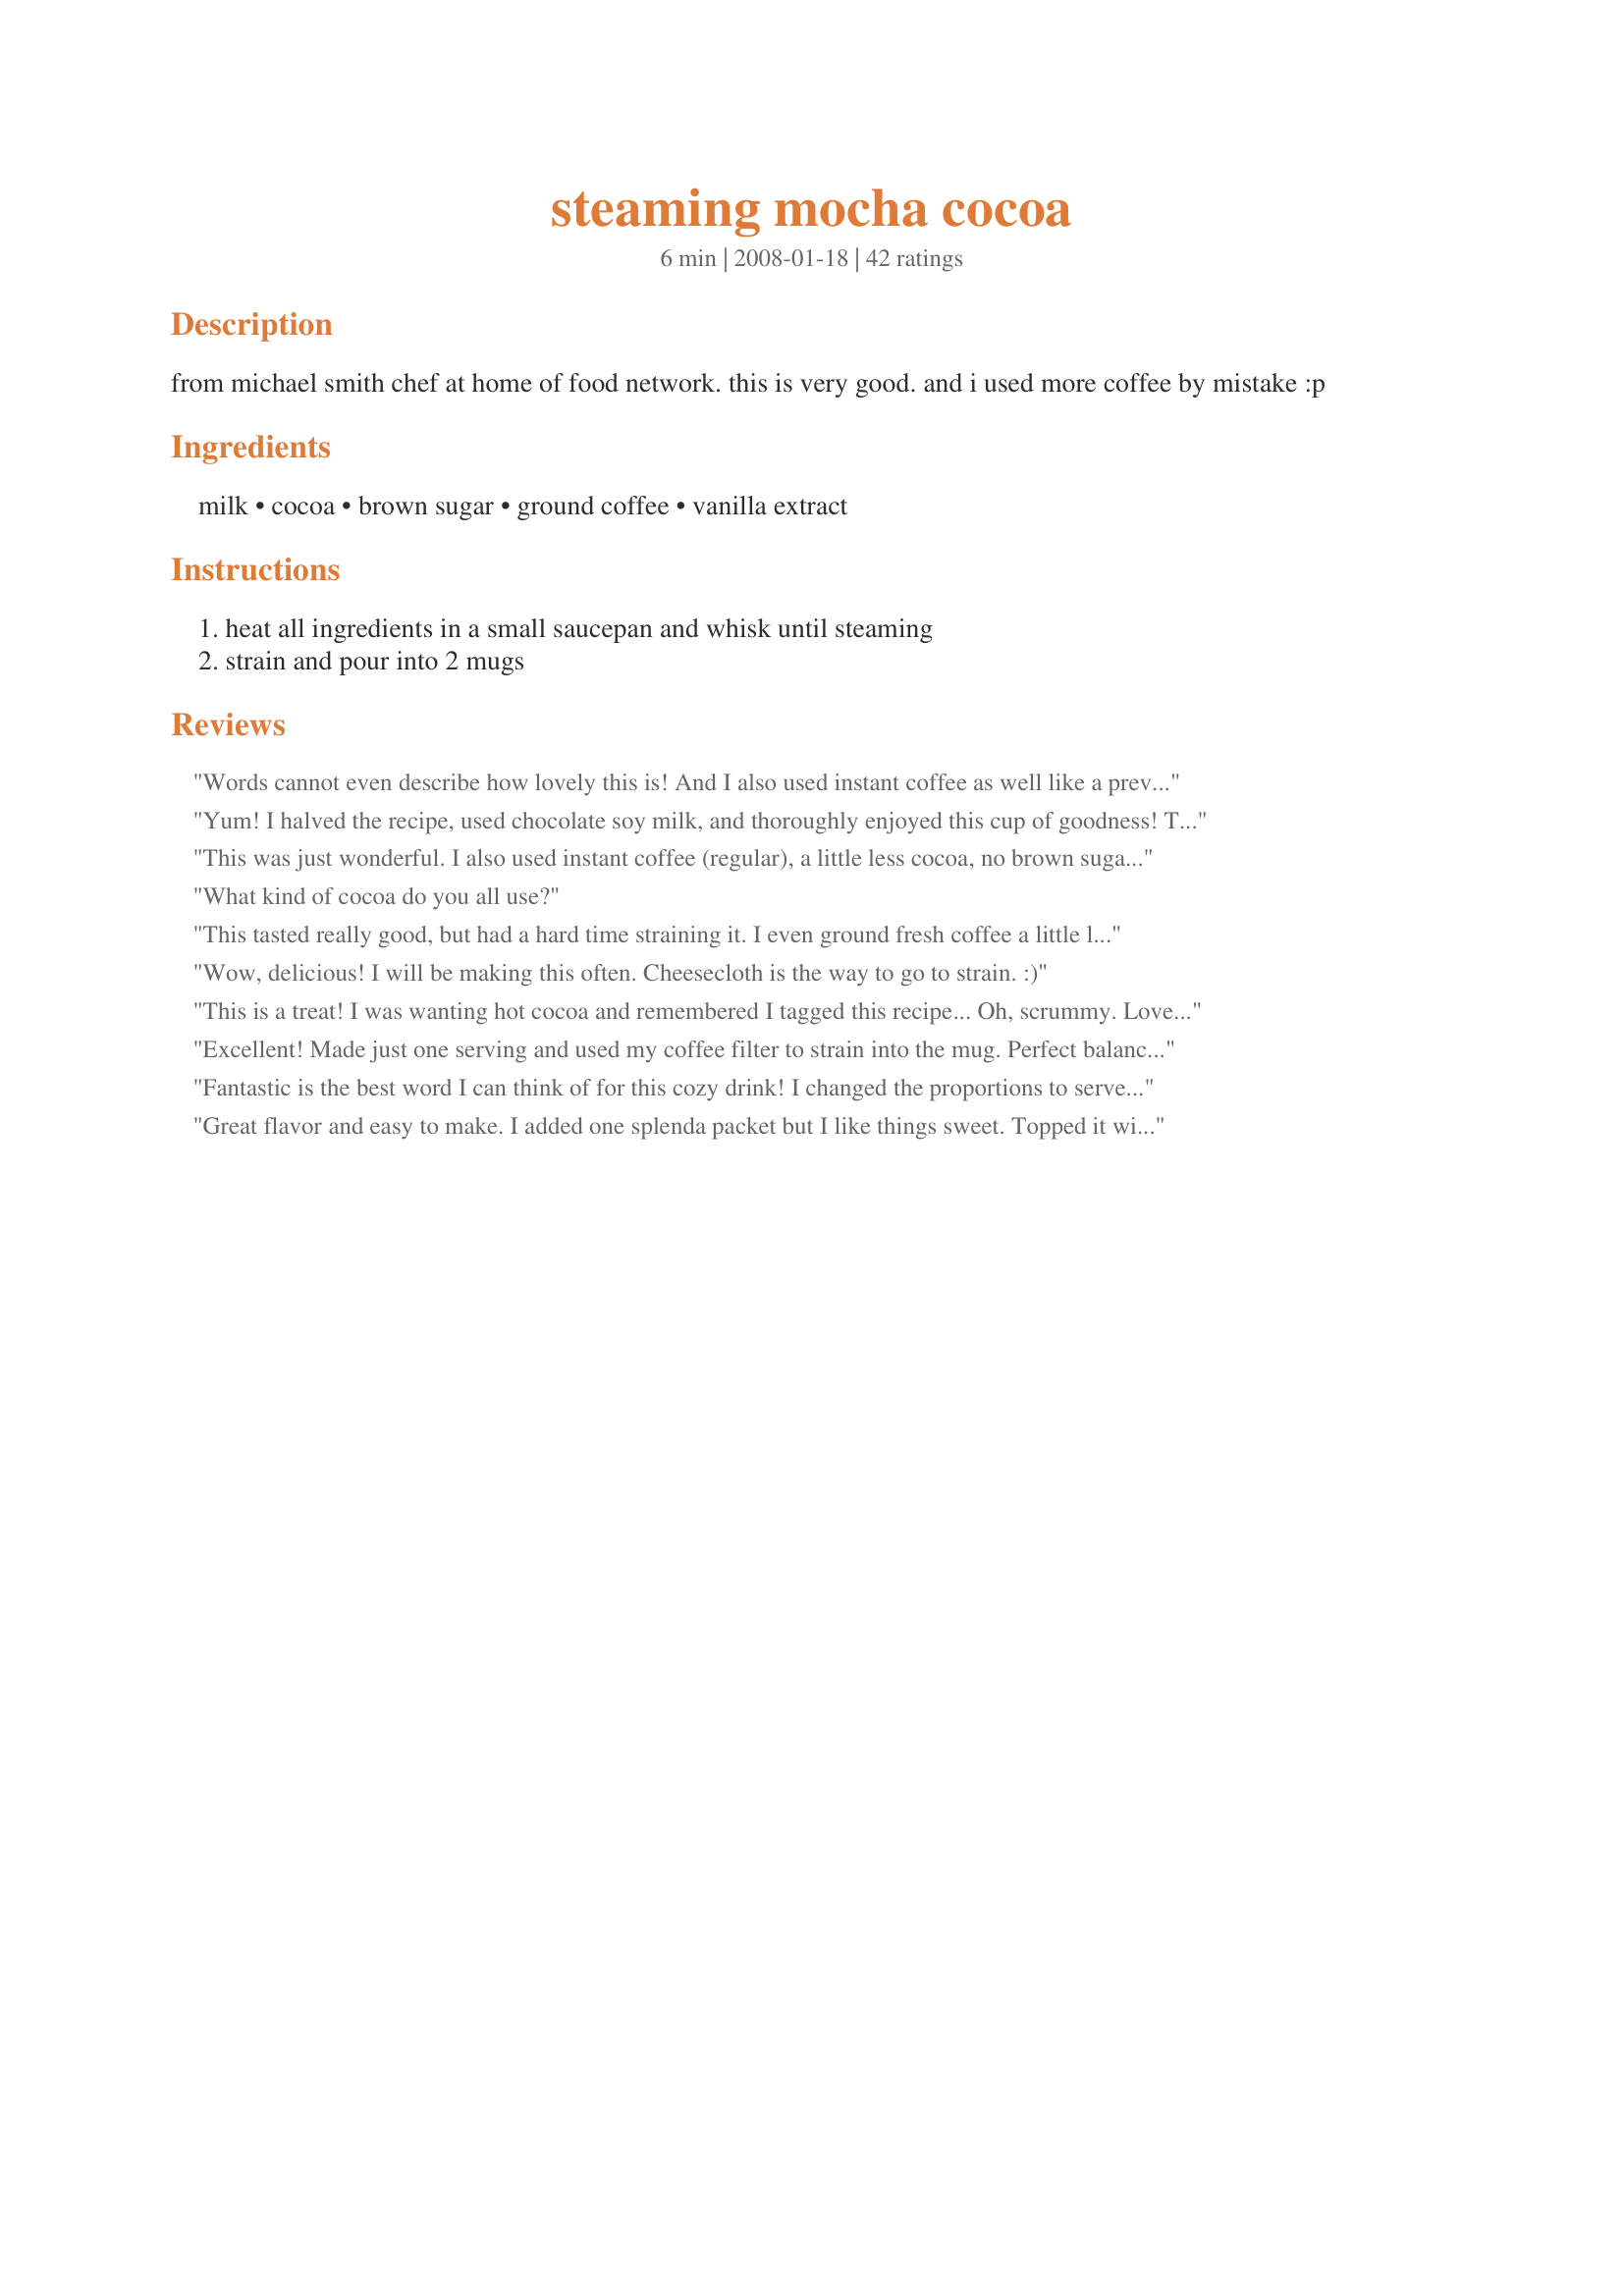
steaming mocha cocoa
Preparation time: 6 minutes

from michael smith chef at home of food network. this is very good. and i used more coffee by mistake :p

Ingredients:
milk, cocoa, brown sugar, ground coffee, vanilla extract

Steps:
heat all ingredients in a small saucepan and whisk until steaming, strain and pour into 2 mugs

Reviews:
Words cannot even describe how lovely this is! And I also used instant coffee as well like a previous reviewer mentioned! Made for Ramadan Tag 2010
Yum! I halved the recipe, used chocolate soy milk, and thoroughly enjoyed this cup of goodness! Thank you! Made for the Zaar Stars game.
This was just wonderful. I also used instant coffee (regular), a little less cocoa, no brown sugar or vanilla & used a Splenda pkt (I used about 1/2 cup skim milk). I sprinkled the top with cinnamon & it was quite a treat! Thanks so much for sharing.
What kind of cocoa do you all use?
This tasted really good, but had a hard time straining it. I even ground fresh coffee a little less fine so it would strain easier. I didn't have any cheese cloth, which might have worked better. I tried using a coffee filter and ended up using a flour sifter. I also tried this with carolans irish cream added to it. Tasted great either way. I think that the instant coffee idea instead of the ground coffee is the way to go. Thanks for posting!
Wow, delicious! I will be making this often. Cheesecloth is the way to go to strain. :)
This is a treat! I was wanting hot cocoa and remembered I tagged this recipe... Oh, scrummy. Loved it. Never heard of the technique of the ground coffee mixed with the other ingredients and heated. IT worked! Great creamy flavor, just the right sweetness and flavor. Although, I did add a tad bit of Whip Topping to mine ;) YUM! Look out Starbucks, there's a new mocha in town. LOL I really enjoyed this and will definitely make again. Thanks for sharing such an easy delicious hot mocha (Made for Bevy Tag 11/08) ~V
Excellent! Made just one serving and used my coffee filter to strain into the mug. Perfect balance of chocolate and coffee without being overly sweet. Thanks for sharing the recipe!!
Fantastic is the best word I can think of for this cozy drink! I changed the proportions to serve only 1 since I'm the only coffee addict in the house. I'm wondering if leftovers would heat up well if refrigerated. Maybe it would even be great cold!? I'll try that next time. I used skim milk, Splenda brown sugar and dark cocoa. Thanks Boomette1. (Super photo too, Annacia.)
Great flavor and easy to make. I added one splenda packet but I like things sweet. Topped it with whipped cream and just a dash of cinnamon sugar, yum!
This is GREAT! I don't usually like hot chocolate made with milk but the coffee flavor helps mask the hot milk taste. I didn't realize I was supposed to use actual coffee grounds until after I used instant decaf and then I read "strain" and thought huh? and then re-read the ingredients...anyways I'm glad I did use the instant because it had a great flavor and no straining required! Made for 1-2-3 hit wonders. *I forgot to say that I used 1% milk and 1 tbsp of Splenda brown sugar blend.
This really hits the spot on a cold evening. An extra-special cocoa that I really enjoyed.
Yummmm. Quick and delicious. I used skim milk,1 tbsp of Splenda Brown Sugar and Dutch cocoa. I topped it with canned whipped cream and cinnamon only because DS was here and was feeling a bit down. He said that he would try it but didn't want much and then wanted more after tasting it. He said that it every bit as good as what you get at the pricy places and I have to agree. I might cut the vanilla back just a bit, to 3/4 tsp. Thanks Boomie this is wonderful!. Made for Photo Tag
I enjoyed this for breakfast. It had a really good flavor but I had a little trouble getting the coffee grains out. I tried using a coffee filter but the cocoa was too thick (maybe because of the milk?) to go through. I used the finesest strainer I had but my cup still had coffee grounds in it. Next time I think I'll try it with instant coffee and fix that little problem right up! I added some whipped cream too ;)
A nice change from my morning coffee. I tried it with instant coffee,but I'll have to try it with ground coffee too.I decreased the sugar.I had this in the morning,but I think it's more of an afternoon drink.Probably,I'm just looking for another reason to try it again.
Fantastic! We are enjoying this as I type. I used the instant coffee and bumped it up to 2 Tbsp 'cause I need the "kick". I used real vanilla because that's what I have. I'm having mine iced, and DH is having his hot. Very good both ways! Thanks, Boomer!
This was simple as ever to make. I made it for Buddha, and he said it tastes like a very upscale hot cocoa from a fine resteraunt. He could not taste the coffee in it, so next time I would double it.
I made this for our "gentle wake-up" for my teens and twenty's daughter. It was wonderful.. .we loved it. I loved the brown sugar in it. Thanks for posting!
This is a very good hot beverage. I used leftover coffee (about 1 cup) from the pot this morning and heated it with the other ingredients in the saucepan. Has a great flavor without being overly sweet. I did use 1 cup of 1% milk with this recipe too and it worked out great! Sprinkled with a topping of cocoa too with a dollop of whipped cream...looked very pretty. Tagged in Gimme 5 Tag Game.
Mmm,Mmm good. Reached the bottom of the cup and said is that all there is? Made using 1% milk and Splenda brown. Made twice once with ground coffee and once with instant (works better). Will defiantly be making again. Thanks for the yummy post.
An excellent blend of flavours- the brown sugar and vanilla made it extra special. I also used instant coffee and it worked very well. Thanks Boomette for a fantastic warming treat!
This is awesome! It tastes like Spanish chocolate. It's rich, it's chocolaty, it's yummy! I used brown sugar blend ( 1tbsp brown sugar + 1 tbsp sugar sub) Love it! More than love it! Thanks for sharing, Boomette! It sure is a star!
Yummy! I too used instant coffee but I do wonder what the regular grounds would taste like so I might try it that way too. It isn't all that sweet but it was just right for an after work pick me up.
Coffee, chocolate & vanilla, how can you go wrong, yum!
Made for Comfort Cafe 2009. This is really good! Coffee and chocolate what is not to like. I had both servings and plan to make more of this as the winter continues here. My DS g/f was over so I made her some and she is not a real coffee drinker but she enjoyed this and had a second cup. hmmm? Boomette, thank you for a very comforting drink.
I knew this recipe would not disappoint me. I love chocolate and coffee and I know they are both great together. I made this for my DH and I and he really loved it and he is not a big chocolate lover.
this was made and thoroughly enjoyed by my DS, I used instant espresso coffee and topped the mugs off with mini marshmallows, thanks Booms!
This was a great way to have a low-fat mocha at home! It tasted almost like the coffee shop varieties. A very rich treat...almost not sugary enough for me though. I used instant decaf coffee only because it's night time and I didn't have any ground decaf around. I read a review of this recipe and just had to make it pronto. :)
Me and my friend made this and honestly it was the best coffee I had ever had
I used hazelnut coffee, Sucanat and added agave nectar and cinnamon to my cup. It was just the right thing! Great to warm up. Made for Zaar Stars.
Mm this is so good! I used instant coffee and doubled the coffee amount.. so that the coffee flavour wouldn't be overpowered by the Amarula that I added at the end! ;) Savouring every drop of it as I type this. I made the two servings but I think I'm going to hog it all for myself! Thanks!!
Definitely a coffee I will be wanting to make often this winter! It is not too sweet and has a very nice balance of cocoa, coffee and vanilla. I used ground coffee and didn't have any problems with the grounds as there wasn't very many and they fall to the bottom of the cup anyway. It was a perfect cup to go along with a rainy morning and a knitting project. Thanks for sharing this, its a keeper!!
This is great! I will try it chilled too!
wonderful! I used instant coffee and made it an adult drink by spiking it with some tia maria :) Just perfect for a gloomy gray day
This made a good Sunday morning even better. We had ours hot and with regular coffee grounds. made for Went to the Market.
didn't have brown sugar so I just used regular and it tasted amazing. I used Hershy's Cocoa Special Dark because that's what we had in the pantry. It was perfect.
Made this tonight and was it ever good. I used instant coffee also and kept everything else the same. Thanks boom for a wonderful recipe that will be used again.
Made for one - ME!!! ;) - Used Splenda instead of brown sugar and low-fat milk. Added some light whipped cream - :yummy:!!! Thanks Boomette! :)
Very good! Probably would have been even better if I used whole milk.
What a lovely mug of cocoa Boomie. I really enjoyed the brown sugar and vanilla in this drink. It was quck and easy to make with lovely results. I added more sugar as I prefer my cocoa sweet. Thanks for sharing :)
Delicious! I really enjoyed this nice, warm, not too sweet mocha drink on a cold, drizzly morning. I used instant coffee because I only buy whole coffee beans, which my coffee maker grinds just before brewing. Also, I used 2% milk and real vanilla. I drank both servings myself (I didn't feel like sharing) :). Thank you for sharing this wonderful drink...it is definitely a keeper!!
*Made for 2010 Comfort Cafe*
Yummy!!! I made this recipe this morning right before I had to get my 15yo DS up for school. I do grind my own coffee bean and did so for this recipe. I then used my coffee maker as well as filter to finish the recipe. We really enjoyed this, thanks Boomie for another great recipe.
